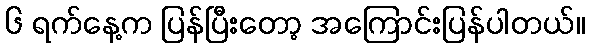
၆ ရက်နေ့က ပြန်ပြီးတော့ အကြောင်းပြန်ပါတယ်။